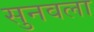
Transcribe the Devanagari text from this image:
सुनवला